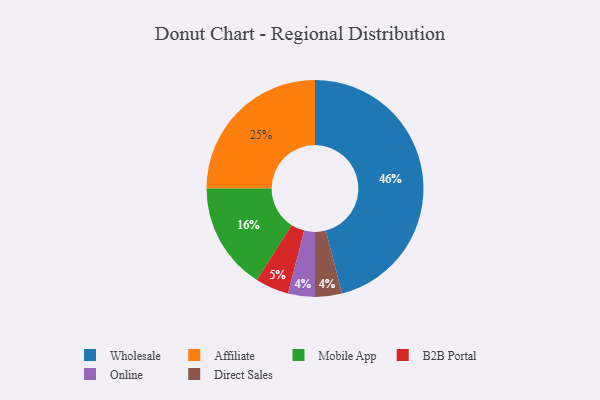
{"axis": {"x": "Category", "y": "Percentage"}, "legend": ["Affiliate", "B2B Portal", "Direct Sales", "Mobile App", "Online", "Wholesale"], "data": [{"x": "Affiliate", "y": 25, "type": "Affiliate"}, {"x": "Wholesale", "y": 46, "type": "Wholesale"}, {"x": "B2B Portal", "y": 5, "type": "B2B Portal"}, {"x": "Online", "y": 4, "type": "Online"}, {"x": "Mobile App", "y": 16, "type": "Mobile App"}, {"x": "Direct Sales", "y": 4, "type": "Direct Sales"}]}